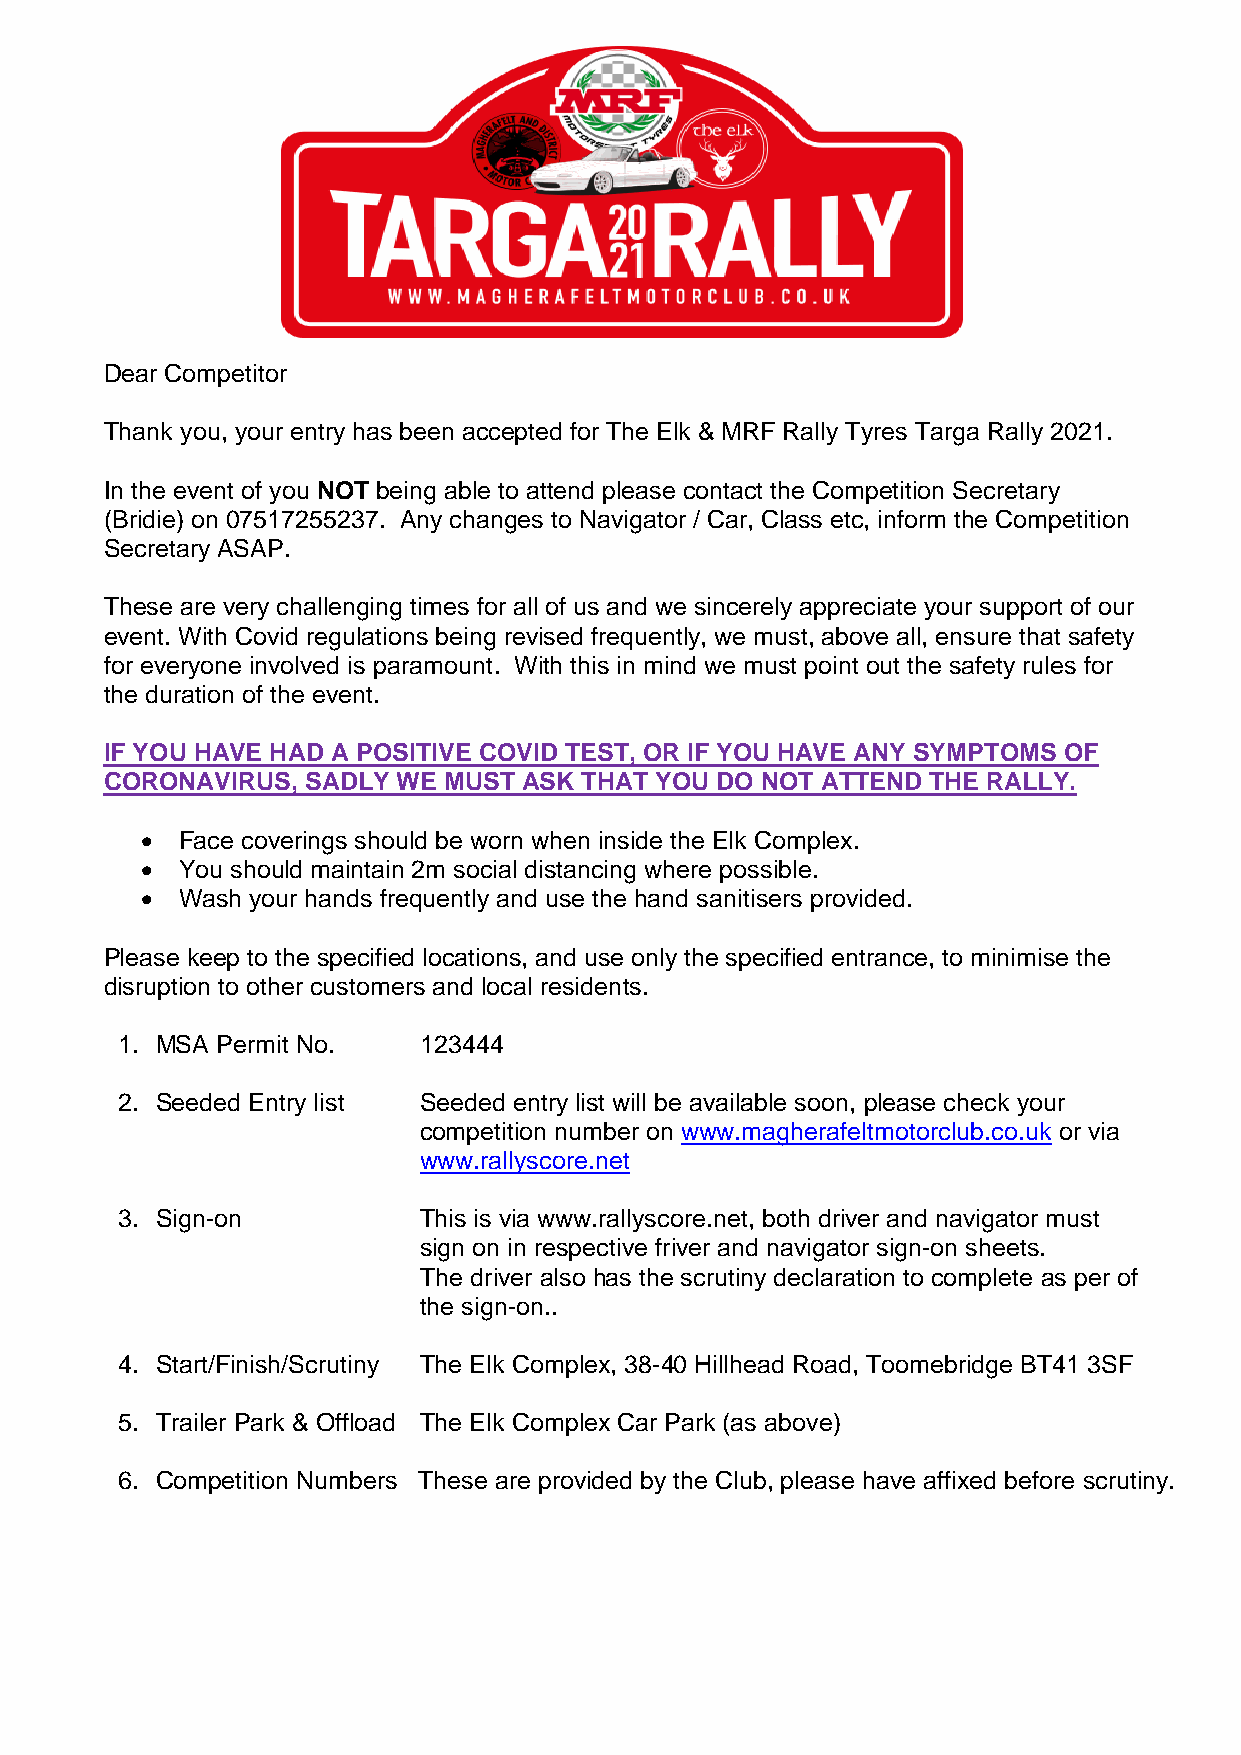
Final    Instructions
 Dear Competitor
 Thank you, your entry has been accepted for The Elk & MRF Rally Tyres Targa Rally 2021.
 In the event of you NOT being able to attend please contact the Competition Secretary
 (Bridie) on 07517255237. Any changes to Navigator / Car, Class etc, inform the Competition
 Secretary ASAP.
 These are very challenging times for all of us and we sincerely appreciate your support of our
 event. With Covid regulations being revised frequently, we must, above all, ensure that safety
 for everyone involved is paramount. With this in mind we must point out the safety rules for
 the duration of the event.
 IF YOU HAVE HAD A POSITIVE COVID TEST, OR IF YOU HAVE ANY SYMPTOMS OF
 CORONAVIRUS, SADLY WE MUST  ASK THAT YOU DO NOT ATTEND THE RALLY.
   Face coverings should be worn when inside the Elk Complex.
   You should maintain 2m social distancing where possible.
   Wash your hands frequently and use the hand sanitisers provided.
 Please keep to the specified locations, and use only the specified entrance, to minimise the
 disruption to other customers and local residents.
 1. MSA Permit No.   123444
 2. Seeded Entry list Seeded entry list will be available soon, please check your
 competition number on www.magherafeltmotorclub.co.uk or via
 www.rallyscore.net
 3. Sign-on          This is via www.rallyscore.net, both driver and navigator must
 sign on in respective friver and navigator sign-on sheets.
 The driver also has the scrutiny declaration to complete as per of
 the sign-on..
 4. Start/Finish/Scrutiny The Elk Complex, 38-40 Hillhead Road, Toomebridge BT41 3SF
 5. Trailer Park & Offload The Elk Complex Car Park (as above)
 6. Competition Numbers These are provided by the Club, please have affixed before scrutiny.